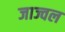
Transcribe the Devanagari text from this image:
जाज्वल